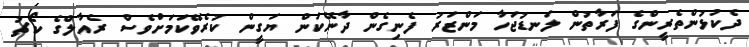
ދެކުޅުންތެރީންގެ ފަރާތުން ލަނޑުޖަހާ މަންޒަރު ފެނިގެން ދާނޭކަން ޔަގީން ކުރެވޭކަމަށްވެސް ރެއާލްގެ ކޯޗު